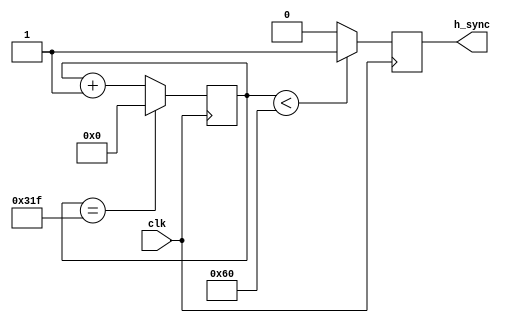
module h_sync_gen(
    input wire clk,
    output reg h_sync
);

reg [10:0] h_count;

always @(posedge clk) begin
    if(h_count < 96)
        h_sync <= 1;
    else
        h_sync <= 0;

    if(h_count == 799)
        h_count <= 0;
    else
        h_count <= h_count + 1;
end

endmodule